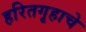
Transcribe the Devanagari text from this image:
हरितगृहाचे